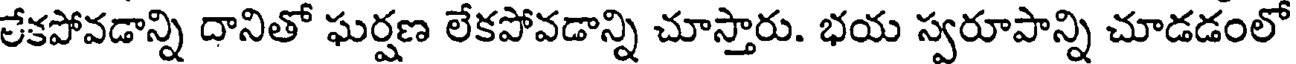
లేకపోవడాన్ని దానితో ఘర్షణ లేకపోవడాన్ని చూస్తారు. భయ స్వరూపాన్ని చూడడంలో